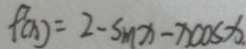
f ( x ) = 2 - s m x - x \cos x .